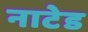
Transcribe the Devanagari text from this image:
नाटेड